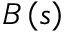
B \left( s \right)